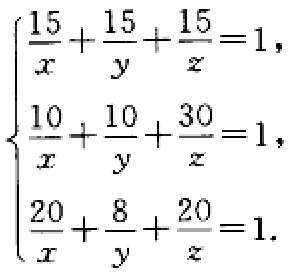
\[\begin{cases}
\frac{15}{x}+\frac{15}{y}+\frac{15}{z}=1,\\
\frac{10}{x}+\frac{10}{y}+\frac{30}{z}=1,\\
\frac{20}{x}+\frac{8}{y}+\frac{20}{z}=1.
\end{cases}\]